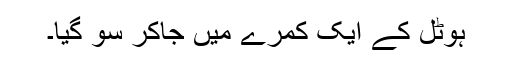
ہوٹل کے ایک کمرے میں جاکر سو گیا۔